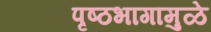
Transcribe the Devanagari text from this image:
पृष्ठभागामुळे